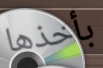
بأخذها